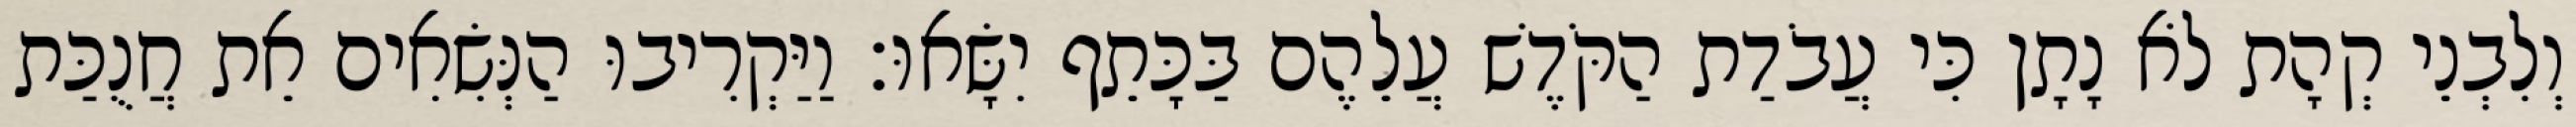
וְלִבְנֵי קְהָת לֹא נָתָן כִּי עֲבֹדַת הַקֹּדֶשׁ עֲלֵהֶם בַּכָּתֵף יִשָּׂאוּ׃ וַיַּקְרִיבוּ הַנְּשִׂאִים אֵת חֲנֻכַּת